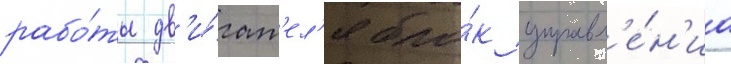
рабо́ты дв'и́гат'ел'я бло́к управл'е́н'иа